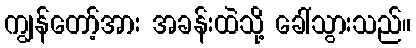
ကျွန်တော့်အား အခန်းထဲသို့ ခေါ်သွားသည်။